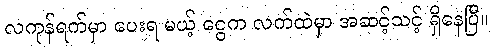
လကုန်ရက်မှာ ပေးရ မယ့် ငွေက လက်ထဲမှာ အဆင့်သင့် ရှိနေပြီ။